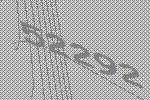
52292